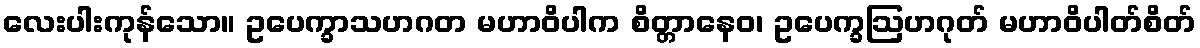
လေးပါးကုန်သော။ ဥပေက္ခာသဟဂတ မဟာဝိပါက စိတ္တာနေဝ၊ ဥပေက္ခဩဟဂုတ် မဟာဝိပါတ်စိတ်